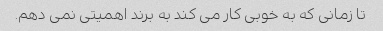
تا زمانی که به خوبی کار می کند به برند اهمیتی نمی دهم.